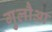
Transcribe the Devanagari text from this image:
गुलौआ